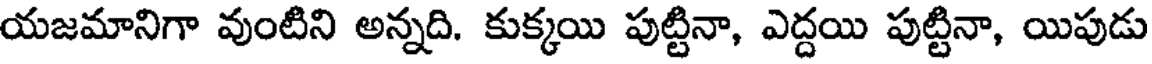
యజమానిగా వుంటిని అన్నది. కుక్కయి పుట్టినా, ఎద్దయి పుట్టినా, యిపుడు